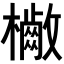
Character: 𣟷